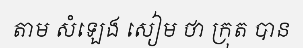
តាម សំឡេង សៀម ថា ក្រុត បាន